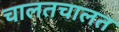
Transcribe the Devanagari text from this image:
चालतचालत